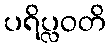
ပရိပ္လဝတိ